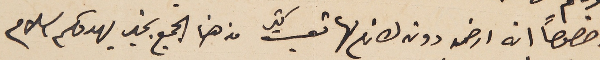
وخصوصاً انه  ارض دون لازم لها تعبت كتير من هنا الجميع بخير يهدوكم السلام